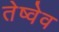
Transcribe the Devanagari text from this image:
तेष्वेव